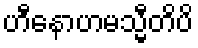
ဟီနောဟမသ္မီတိပိ